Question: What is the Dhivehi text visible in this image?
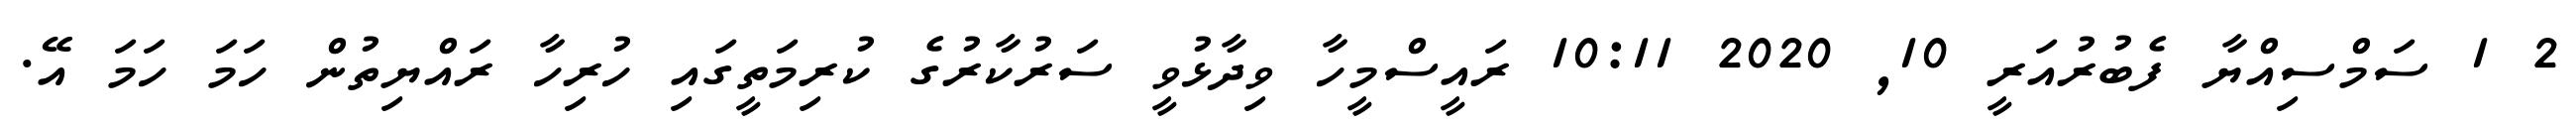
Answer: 2 1 ސަމްސިއްޔާ ފެބުރުއަރީ 10, 2020 10:11 ރައީސްމީހާ ވިދާޅުވީ ސަރުކާރުގެ ކުރިމަތީގައި ހުރިހާ ރައްޔިތުން ހަމަ ހަމަ އޭ.